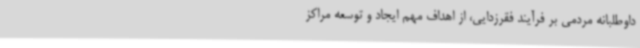
داوطلبانه مردمی بر فرآیند فقرزدایی، از اهداف مهم ایجاد و توسعه مراکز